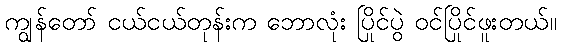
ကျွန်တော် ငယ်ငယ်တုန်းက ဘောလုံး ပြိုင်ပွဲ ဝင်ပြိုင်ဖူးတယ်။